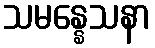
သမန္နေသနာ